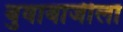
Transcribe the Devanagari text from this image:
बुवाबाजीला